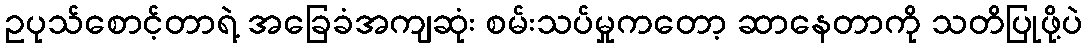
ဥပုသ်စောင့်တာရဲ့ အခြေခံအကျဆုံး စမ်းသပ်မှုကတော့ ဆာနေတာကို သတိပြုဖို့ပဲ